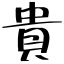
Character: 貴